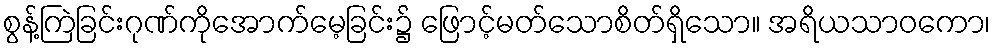
စွန့်ကြဲခြင်းဂုဏ်ကိုအောက်မေ့ခြင်း၌ ဖြောင့်မတ်သောစိတ်ရှိသော။ အရိယသာဝကော၊